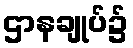
ဌာနချုပ်၌